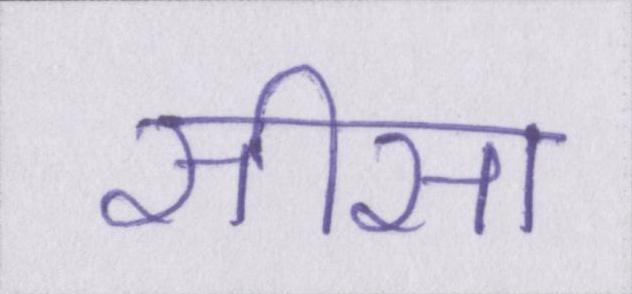
सीसा